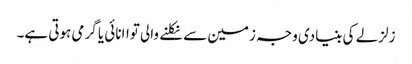
زلزلے کی بنیادی وجہ زمین سے نکلنے والی تواانائی یا گرمی ہوتی ہے۔